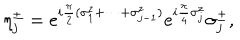
LaTeX: \eta _ { j } ^ { \pm } = e ^ { i { \frac { \pi } { 2 } } ( \sigma _ { 1 } ^ { z } + \cdots + \sigma _ { j - 1 } ^ { z } ) } e ^ { i { \frac { \pi } { 4 } } \sigma _ { j } ^ { z } } \sigma _ { j } ^ { \pm } ,